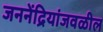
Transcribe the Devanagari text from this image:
जननेंद्रियांजवळील